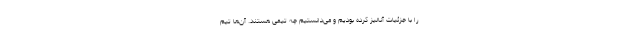
را با جزئیات آنالیز کرده بودیم و می‌دانستیم چه تیمی هستند. آن‌ها تیم